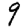
Digit: 9